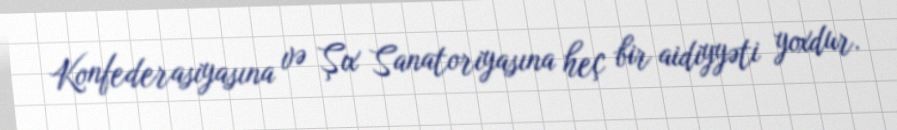
Konfederasiyasına və Şıx Sanatoriyasına heç bir aidiyyəti yoxdur.